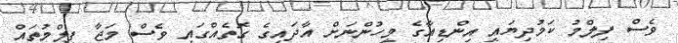
ވެސް ފިލްމު ކަމުދިޔައީ އިންޑިއާގެ މީހުންނަށް އާދައިގެ ގޮތެއްގައި ވެސް މަޖާ ފިލްމުތައް